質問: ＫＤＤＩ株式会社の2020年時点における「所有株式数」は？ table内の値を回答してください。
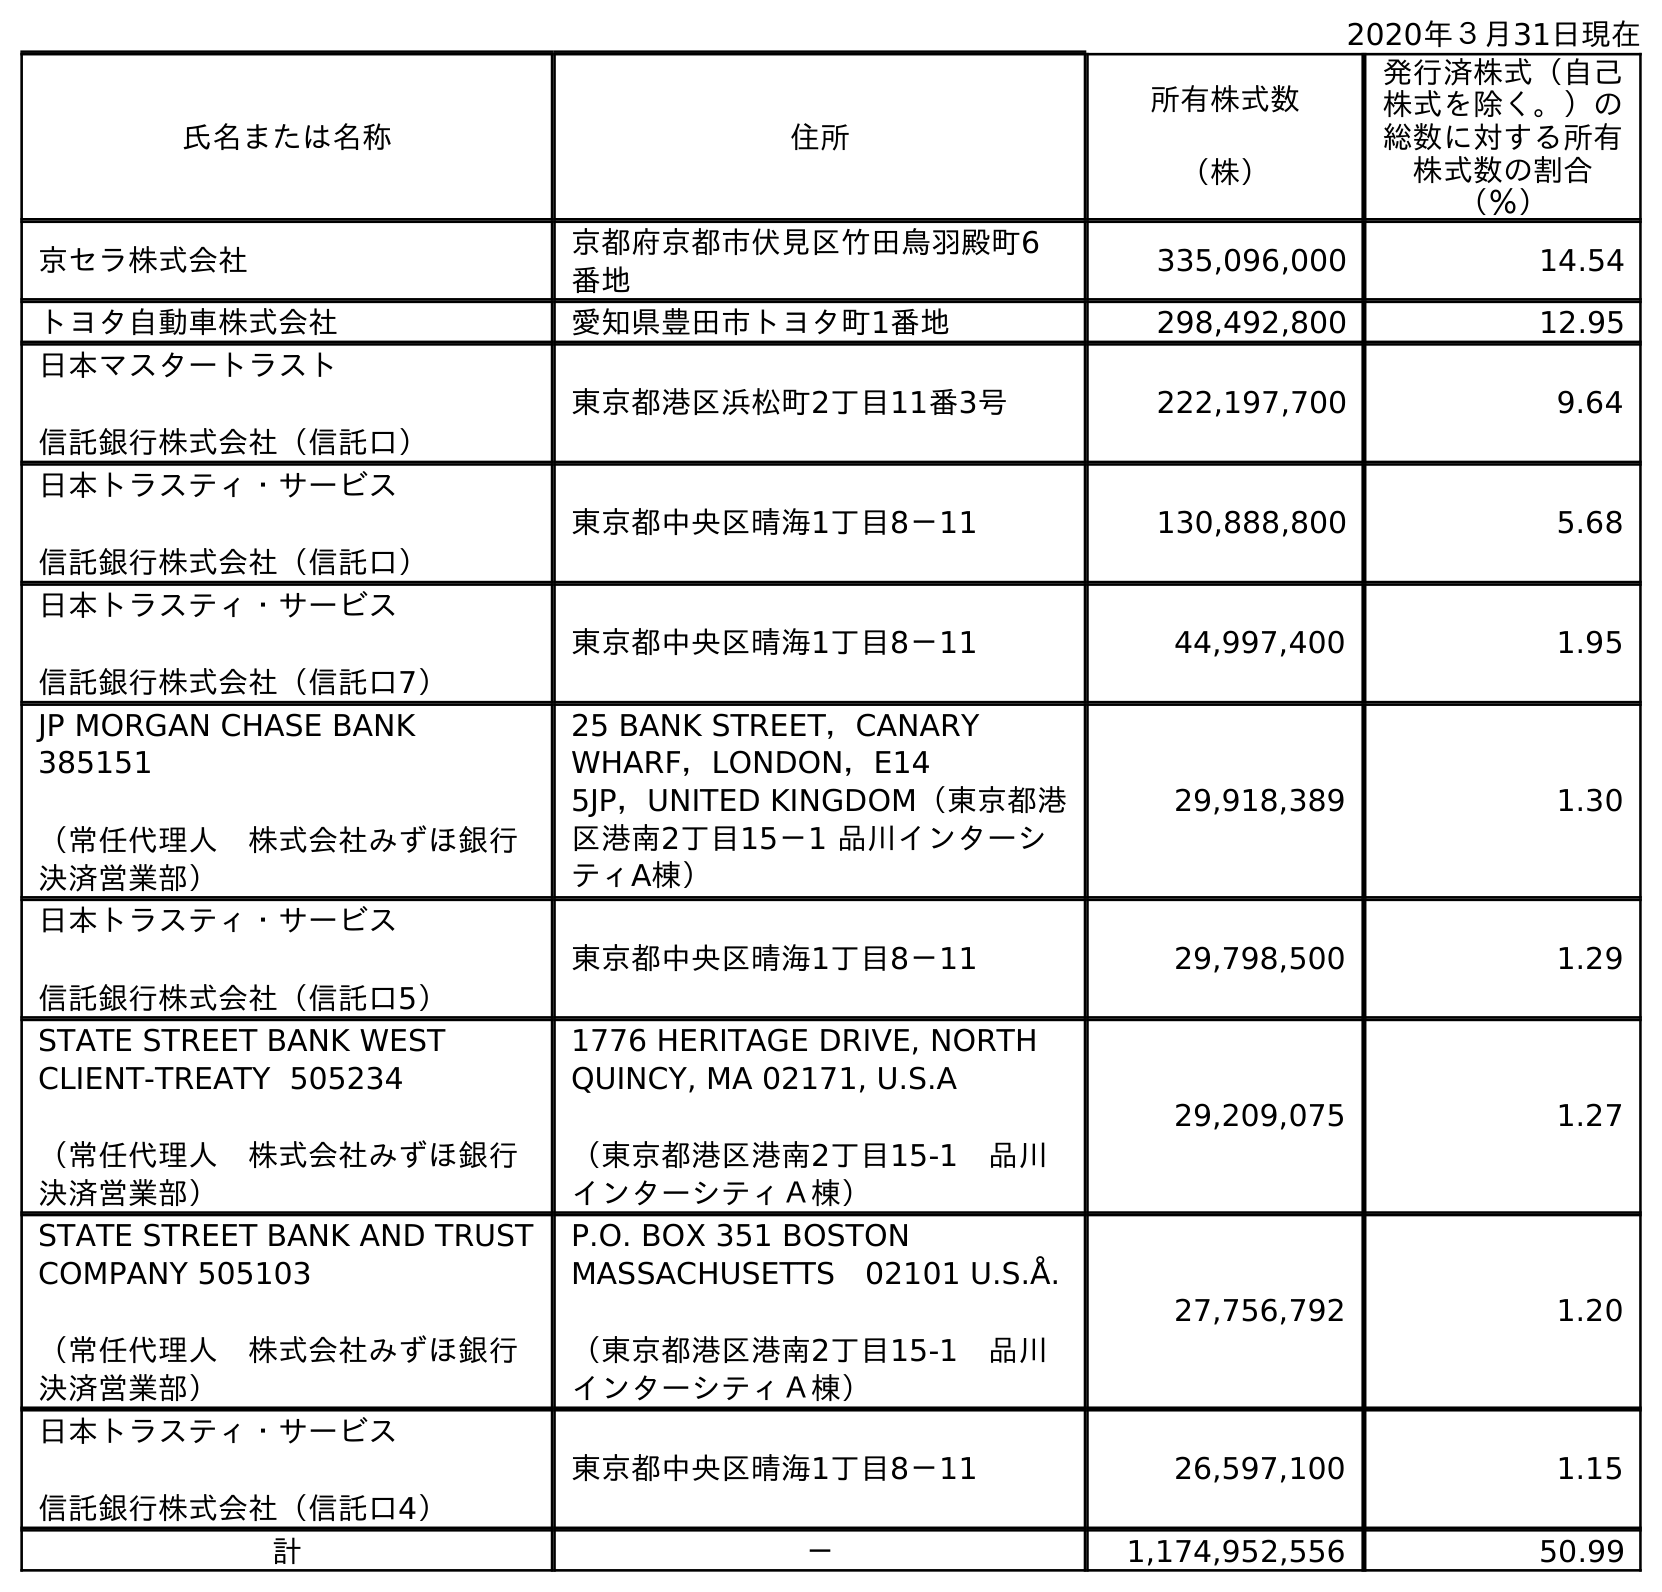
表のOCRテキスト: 2020年３月31日現在 氏名または名称 住所 所有株式数 （株） 発行済株式（自己 株式を除く。）の 総数に対する所有 株式数の割合 （％） 京セラ株式会社 京都府京都市伏見区竹田鳥羽殿町6 番地 335,096,000 14.54 トヨタ自動車株式会社 愛知県豊田市トヨタ町1番地 298,492,800 12.95 日本マスタートラスト 信託銀行株式会社（信託口） 東京都港区浜松町2丁目11番3号 222,197,700 9.64 日本トラスティ・サービス 信託銀行株式会社（信託口） 東京都中央区晴海1丁目8－11 130,888,800 5.68 日本トラスティ・サービス 信託銀行株式会社（信託口7） 東京都中央区晴海1丁目8－11 44,997,400 1.95 JP MORGAN CHASE BANK 385151 （常任代理人 株式会社みずほ銀行 決済営業部） 25 BANK STREET，CANARY WHARF，LONDON，E14 5JP，UNITED KINGDOM（東京都港 区港南2丁目15－1 品川インターシ ティA棟） 29,918,389 1.30 日本トラスティ・サービス 信託銀行株式会社（信託口5） 東京都中央区晴海1丁目8－11 29,798,500 1.29 STATE STREET BANK WEST CLIENT-TREATY 505234 （常任代理人 株式会社みずほ銀行 決済営業部） 1776 HERITAGE DRIVE, NORTH QUINCY, MA 02171, U.S.A （東京都港区港南2丁目15-1 品川 インターシティＡ棟） 29,209,075 1.27 STATE STREET BANK AND TRUST COMPANY 505103 （常任代理人 株式会社みずほ銀行 決済営業部） P.O. BOX 351 BOSTON MASSACHUSETTS 02101 U.S.Å. （東京都港区港南2丁目15-1 品川 インターシティＡ棟） 27,756,792 1.20 日本トラスティ・サービス 信託銀行株式会社（信託口4） 東京都中央区晴海1丁目8－11 26,597,100 1.15 計 － 1,174,952,556 50.99
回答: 1,174,952,556